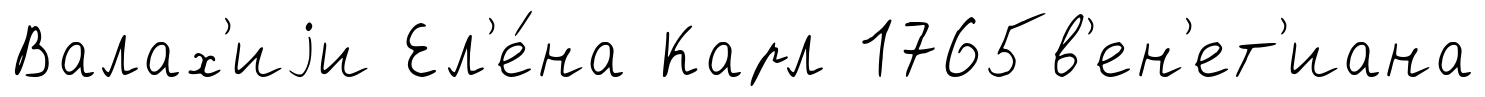
Валах'иjи Ел'е́на Карл 1765в'ен'ет'иана